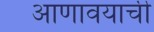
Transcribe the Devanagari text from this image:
आणावयाची